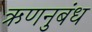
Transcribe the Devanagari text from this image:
ऋणनुबंध